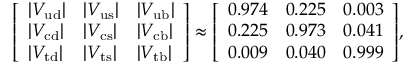
{ \left[ \begin{array} { l l l } { | V _ { \mathrm { u d } } | } & { | V _ { \mathrm { u s } } | } & { | V _ { \mathrm { u b } } | } \\ { | V _ { \mathrm { c d } } | } & { | V _ { \mathrm { c s } } | } & { | V _ { \mathrm { c b } } | } \\ { | V _ { \mathrm { t d } } | } & { | V _ { \mathrm { t s } } | } & { | V _ { \mathrm { t b } } | } \end{array} \right] } \approx { \left[ \begin{array} { l l l } { 0 . 9 7 4 } & { 0 . 2 2 5 } & { 0 . 0 0 3 } \\ { 0 . 2 2 5 } & { 0 . 9 7 3 } & { 0 . 0 4 1 } \\ { 0 . 0 0 9 } & { 0 . 0 4 0 } & { 0 . 9 9 9 } \end{array} \right] } ,